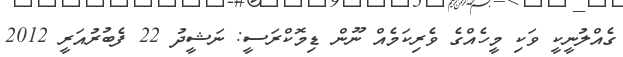
ގެއްލުނީކީ ވަކި މީހެއްގެ ވެރިކަމެއް ނޫން ޑިމޮކްރަސީ: ނަޝީދު 22 ފެބުރުއަރީ 2012